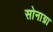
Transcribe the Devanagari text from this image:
सोनाग्रा